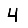
Digit: 4